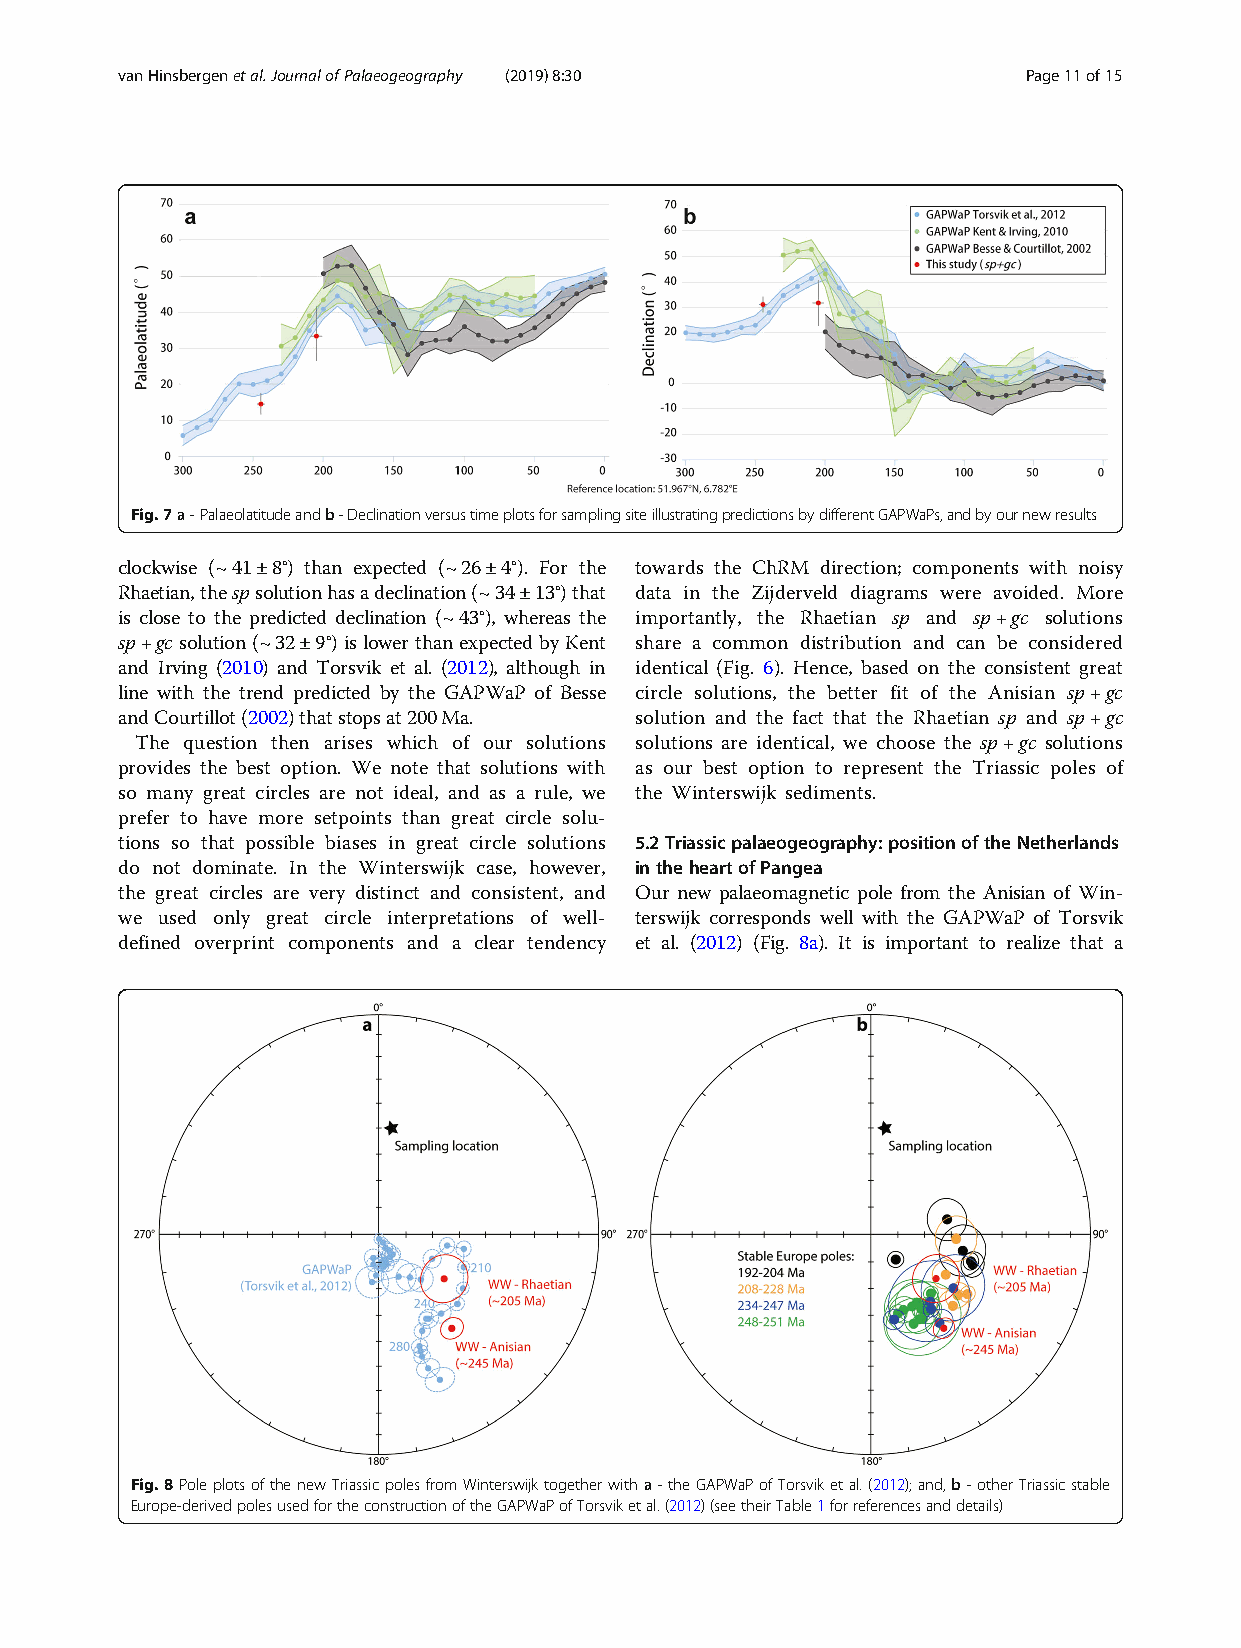
vanHinsbergenetal.JournalofPalaeogeography (2019) 8:30      Page11of15
 Fig.7a-Palaeolatitudeandb-DeclinationversustimeplotsforsamplingsiteillustratingpredictionsbydifferentGAPWaPs,andbyournewresults
 clockwise (~41±8°) than expected (~26±4°). For the towards the ChRM direction; components with noisy
 Rhaetian,thespsolutionhasadeclination(~34±13°)that data in the Zijderveld diagrams were avoided. More
 is close to the predicted declination (~43°), whereas the importantly, the Rhaetian sp and sp+gc solutions
 sp+gcsolution(~32±9°) islower thanexpectedbyKent share a common distribution and can be considered
 and Irving (2010) and Torsvik et al. (2012), although in identical (Fig. 6). Hence, based on the consistent great
 line with the trend predicted by the GAPWaP of Besse circle solutions, the better fit of the Anisian sp+gc
 andCourtillot(2002)thatstopsat200Ma. solution and the fact that the Rhaetian sp and sp+gc
 The question then arises which of our solutions solutions are identical, we choose the sp+gc solutions
 provides the best option. We note that solutions with as our best option to represent the Triassic poles of
 so many great circles are not ideal, and as a rule, we the Winterswijk sediments.
 prefer to have more setpoints than great circle solu-
 tions so that possible biases in great circle solutions 5.2Triassicpalaeogeography:positionoftheNetherlands
 do not dominate. In the Winterswijk case, however, intheheartofPangea
 the great circles are very distinct and consistent, and Our new palaeomagnetic pole from the Anisian of Win-
 we used only great circle interpretations of well- terswijk corresponds well with the GAPWaP of Torsvik
 defined overprint components and a clear tendency et al. (2012) (Fig. 8a). It is important to realize that a
 Fig.8PoleplotsofthenewTriassicpolesfromWinterswijktogetherwitha-theGAPWaPofTorsviketal.(2012);and,b-otherTriassicstable
 Europe-derivedpolesusedfortheconstructionoftheGAPWaPofTorsviketal.(2012)(seetheirTable1forreferencesanddetails)